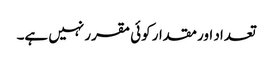
تعداد اور مقدار کوئی مقرر نہیں ہے۔